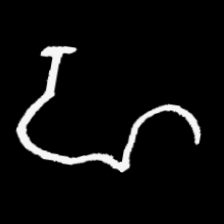
Pyu character \u2014 Myanmar letter: ဟ (romanized: ha)